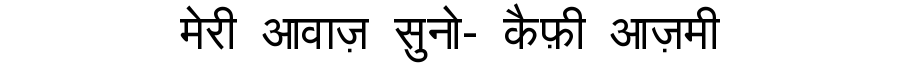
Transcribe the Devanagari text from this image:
मेरी आवाज़ सुनो- कैफ़ी आज़मी